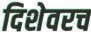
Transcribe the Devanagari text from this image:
दिशेवरच